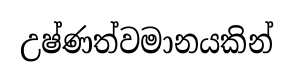
උෂ්ණත්වමානයකින්